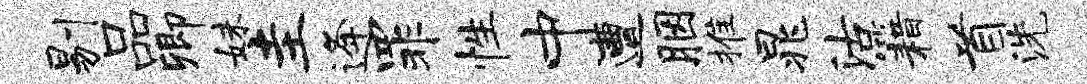
剔品卿妹圭逄罪性中遭胭推晁沽籍首洗